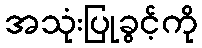
အသုံးပြုခွင့်ကို